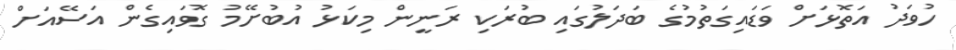
ހުވަދު އަތޮޅަށް ވަޑައިގަތުމުގެ ބަދަލުގައި ބުރަކި ރަނީން މިކަޅު އުބުށޭމު ގޮވައިގެން އަސޭއަށް